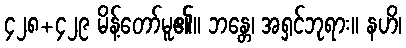
၄၂၈+၄၂၉ မိန့်တော်မူ၏။ ဘန္တေ၊ အရှင်ဘုရား။ နဟိ၊